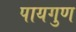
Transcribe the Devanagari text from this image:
पायगुण